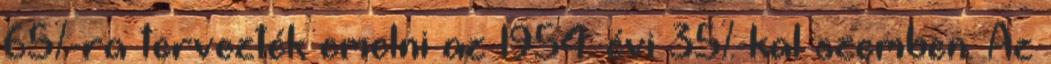
65%-ra tervezték emelni az 1954. évi 35%-kal szemben. Az